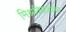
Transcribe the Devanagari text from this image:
मिश्रविवाहाचा